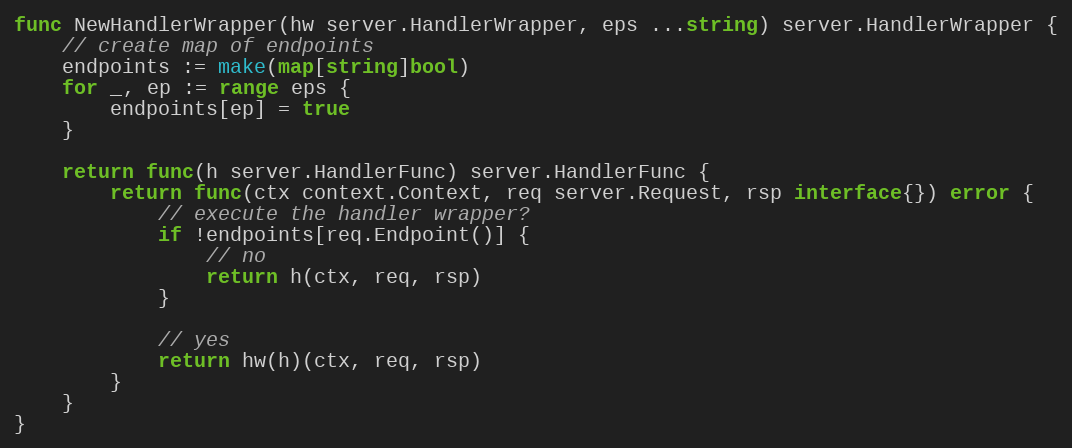
Language: Go
func NewHandlerWrapper(hw server.HandlerWrapper, eps ...string) server.HandlerWrapper {
	// create map of endpoints
	endpoints := make(map[string]bool)
	for _, ep := range eps {
		endpoints[ep] = true
	}

	return func(h server.HandlerFunc) server.HandlerFunc {
		return func(ctx context.Context, req server.Request, rsp interface{}) error {
			// execute the handler wrapper?
			if !endpoints[req.Endpoint()] {
				// no
				return h(ctx, req, rsp)
			}

			// yes
			return hw(h)(ctx, req, rsp)
		}
	}
}